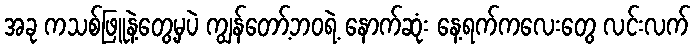
အခု ကသစ်ဖြူနဲ့တွေ့မှပဲ ကျွန်တော့်ဘဝရဲ့ နောက်ဆုံး နေ့ရက်ကလေးတွေ လင်းလက်